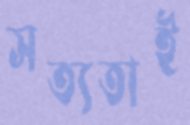
সত্যতাই